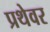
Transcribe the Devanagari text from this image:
प्रथेवर